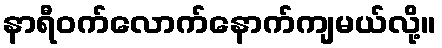
နာရီဝက်လောက်နောက်ကျမယ်လို့။